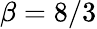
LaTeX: \beta=8/3